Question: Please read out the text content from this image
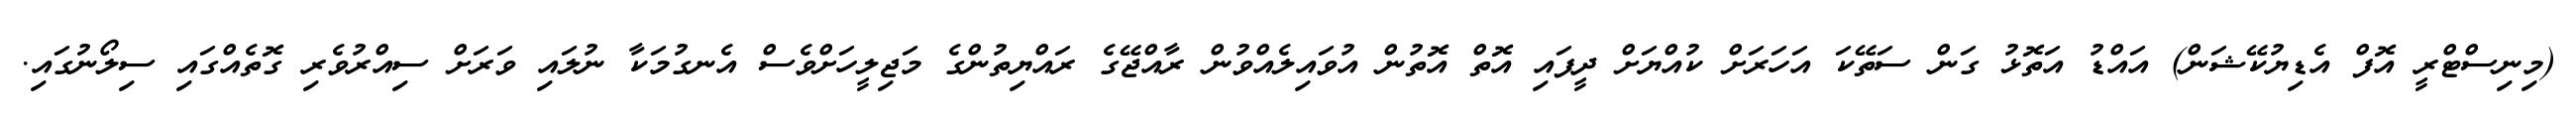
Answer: (މިނިސްޓްރީ އޮފް އެޑިޔުކޭޝަން) އައްޑު އަތޮޅު ގަން ސަތޭކަ އަހަރަށް ކުއްޔަށް ދީފައި އޮތް އޮތުން އުވައިލެއްވުން ރާއްޖޭގެ ރައްޔިތުންގެ މަޖިލީހަށްވެސް އެނގުމަކާ ނުލައި ވަރަށް ސިއްރުވެރި ގޮތެއްގައި ސިލޯނުގައި.